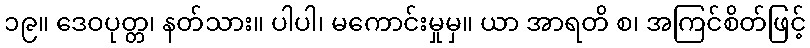
၁၉။ ဒေဝပုတ္တ၊ နတ်သား။ ပါပါ၊ မကောင်းမှုမှ။ ယာ အာရတိ စ၊ အကြင်စိတ်ဖြင့်